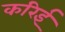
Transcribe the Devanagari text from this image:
करिई